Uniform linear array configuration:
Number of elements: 12
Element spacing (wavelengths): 1
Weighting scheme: hann
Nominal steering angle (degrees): -30
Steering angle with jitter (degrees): -29.605
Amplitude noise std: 0.05
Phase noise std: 0.05

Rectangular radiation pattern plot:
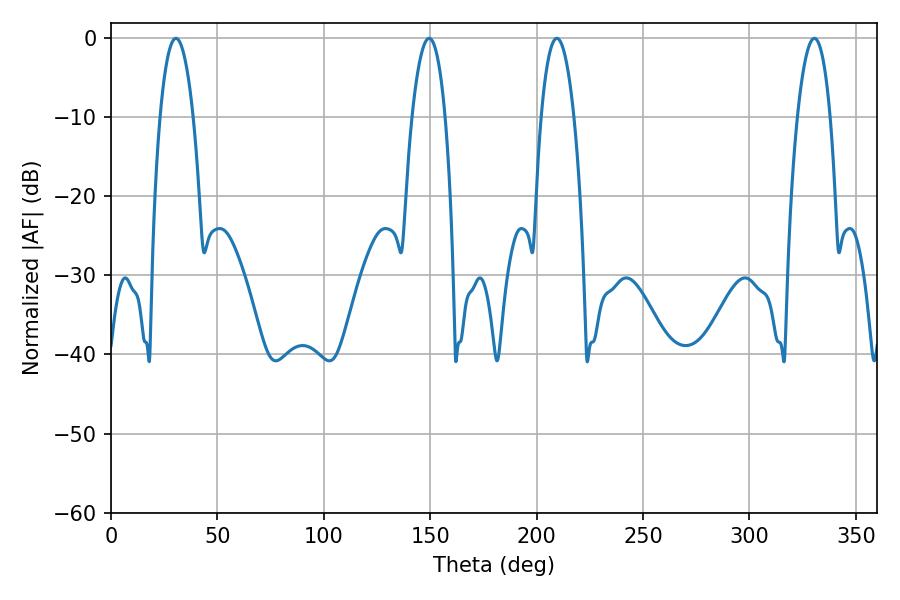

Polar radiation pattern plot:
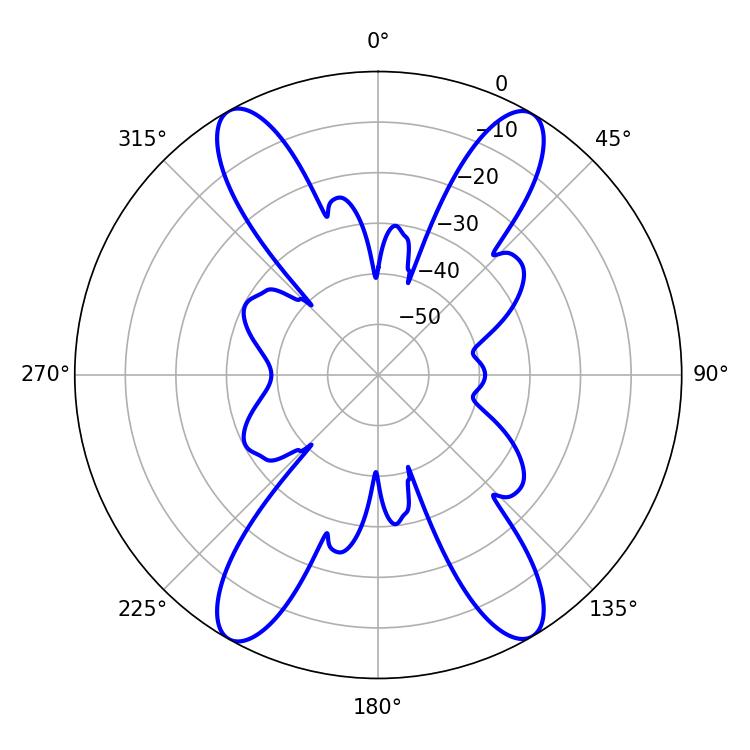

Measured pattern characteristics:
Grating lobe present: TRUE
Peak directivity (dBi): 24.323
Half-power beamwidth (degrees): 8.46
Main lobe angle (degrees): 209.52